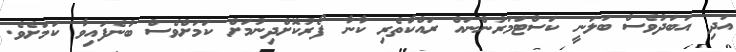
އަދި އަބަދުވެސް ބަލަނީ ކަސްޓަމަރުންނައް ރައްކާތެރި ކާނާ ފޯރުކޮށްދިނުމަށް ކަމަށްވެސް ބުނެފައިވާ ކަމަށެވެ.